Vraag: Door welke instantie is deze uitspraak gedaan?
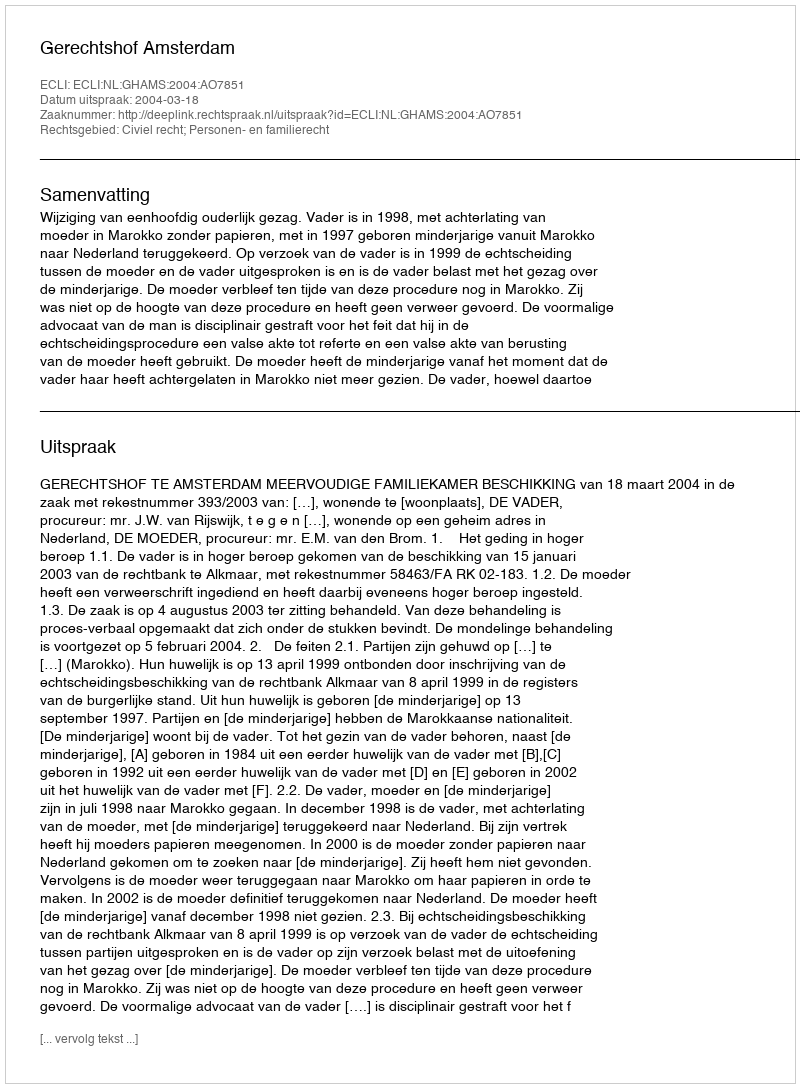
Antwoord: Gerechtshof Amsterdam